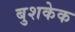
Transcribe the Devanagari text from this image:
बुशकेक